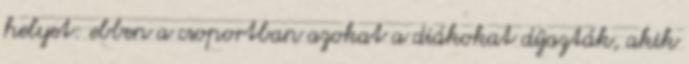
helyet: ebben a csoportban azokat a diákokat díjazták, akik